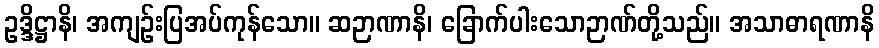
ဥဒ္ဒိဋ္ဌာနိ၊ အကျဉ်းပြအပ်ကုန်သော။ ဆဉာဏာနိ၊ ခြောက်ပါးသောဉာဏ်တို့သည်။ အသာဓာရဏာနိ